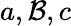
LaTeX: a,\mathcal{B},c